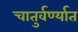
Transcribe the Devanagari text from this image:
चातुर्वर्ण्यात